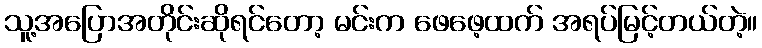
သူ့အပြောအတိုင်းဆိုရင်တော့ မင်းက ဖေဖေ့ထက် အရပ်မြင့်တယ်တဲ့။